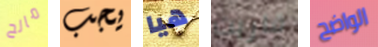
مالح يجب هيا قاربت الواضح